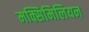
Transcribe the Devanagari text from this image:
मक्सिमिलियन